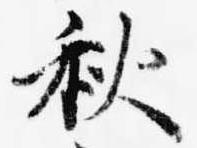
秋